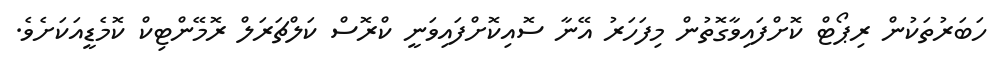
ހަބަރުތަކުން ރިޕޯޓް ކޮށްފައިވާގޮތުން މިފަހަރު އޭނާ ސޮއިކޮށްފައިވަނީ ކްރޮސް ކަލްޗަރަލް ރޮމޭންޓިކް ކޮމެޑީއަކަށެވެ.